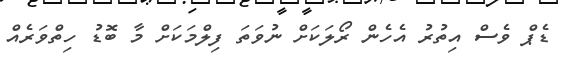
ޑެޕް ވެސް އިތުރު އެހެން ރޯލަކަށް ނުވަތަ ފިލްމަކަށް މާ ބޮޑު ހިތްވަރެއް